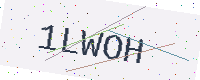
Text: 1LWOH